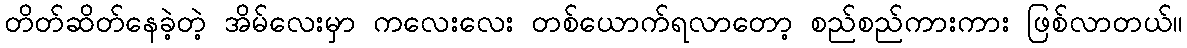
တိတ်ဆိတ်နေခဲ့တဲ့ အိမ်လေးမှာ ကလေးလေး တစ်ယောက်ရလာတော့ စည်စည်ကားကား ဖြစ်လာတယ်။